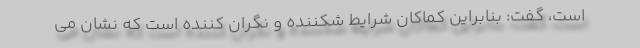
است، گفت: بنابراین کماکان شرایط شکننده و نگران کننده است که نشان می